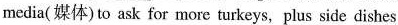
media(媒体) to ask for more turkeys, plus side dishes.